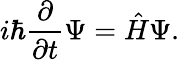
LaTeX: i\hbar{\frac{\partial}{\partial t}}\Psi={\hat{H}}\Psi.